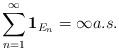
LaTeX: \begin{align*} \sum_{n=1}^\infty \mathbf{1}_{E_n} = \infty a.s.\end{align*}